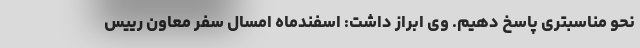
نحو مناسبتری پاسخ دهیم. وی ابراز داشت: اسفندماه امسال سفر معاون رییس